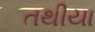
તથીયા